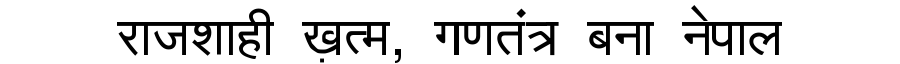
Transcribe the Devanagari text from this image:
राजशाही ख़त्म, गणतंत्र बना नेपाल